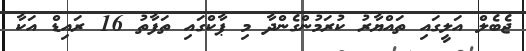
ޖެބެލް އަލީގައި ތައްޔާރު ކުރަމުންގެންދާ މި ޕާކްގައި ތަފާތު 16 ރައިޑް އަކާ